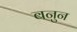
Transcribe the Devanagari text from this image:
बनुन